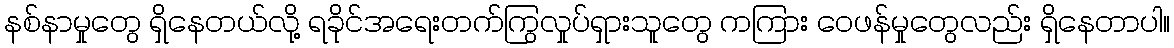
နစ်နာမှုတွေ ရှိနေတယ်လို့ ရခိုင်အရေးတက်ကြွလှုပ်ရှားသူတွေ ကကြား ဝေဖန်မှုတွေလည်း ရှိနေတာပါ။